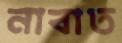
নাবাত